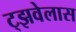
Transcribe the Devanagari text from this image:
ट्झवेलास